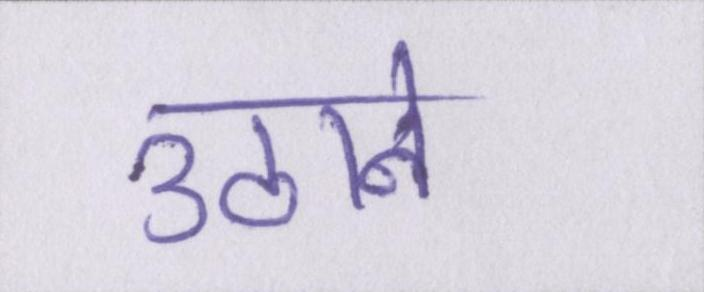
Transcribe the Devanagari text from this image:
उठाने